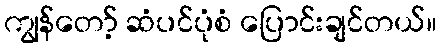
ကျွန်တော့် ဆံပင်ပုံစံ ပြောင်းချင်တယ်။